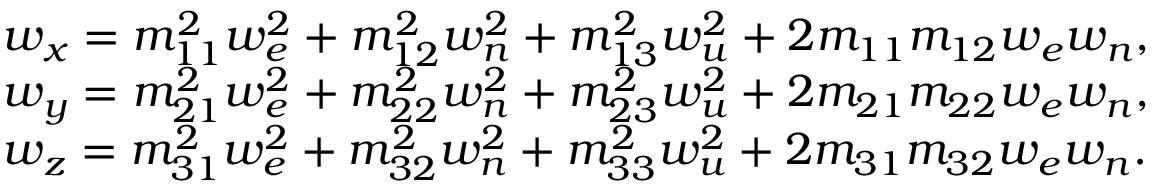
\begin{array} { r l } & { w _ { x } = m _ { 1 1 } ^ { 2 } w _ { e } ^ { 2 } + m _ { 1 2 } ^ { 2 } w _ { n } ^ { 2 } + m _ { 1 3 } ^ { 2 } w _ { u } ^ { 2 } + 2 m _ { 1 1 } m _ { 1 2 } w _ { e } w _ { n } , } \\ & { w _ { y } = m _ { 2 1 } ^ { 2 } w _ { e } ^ { 2 } + m _ { 2 2 } ^ { 2 } w _ { n } ^ { 2 } + m _ { 2 3 } ^ { 2 } w _ { u } ^ { 2 } + 2 m _ { 2 1 } m _ { 2 2 } w _ { e } w _ { n } , } \\ & { w _ { z } = m _ { 3 1 } ^ { 2 } w _ { e } ^ { 2 } + m _ { 3 2 } ^ { 2 } w _ { n } ^ { 2 } + m _ { 3 3 } ^ { 2 } w _ { u } ^ { 2 } + 2 m _ { 3 1 } m _ { 3 2 } w _ { e } w _ { n } . } \end{array}